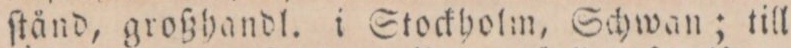
ſtånd, großhandl. i Stockholm, Schwan; till